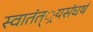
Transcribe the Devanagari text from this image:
स्वातंत््रयसंघर्ष